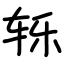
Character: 轹